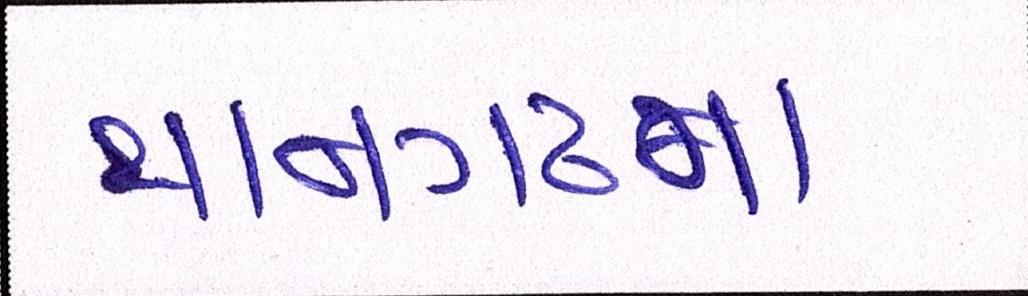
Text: થાનગઢના